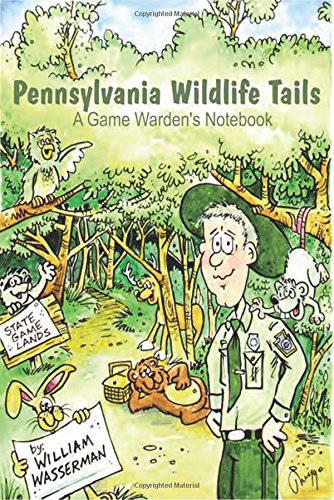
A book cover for Pennsylvania Wildlife Tails: A Game Warden's Notebook; William Wasserman; Humor & Entertainment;